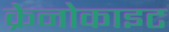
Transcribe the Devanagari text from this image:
क्रेनोकाइट